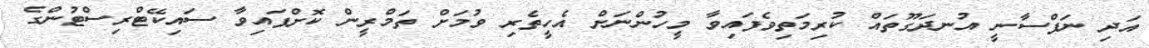
އަދި ނަފްސާނީ އުނދަގޫތައް ކުރިމަތިވެފައިވާ މީހުންނަށް އެހީތެރި ވުމަށް ތަމްރީން ކޮށްފައިވާ ސައިކޭޓްރިސްޓުންގެ